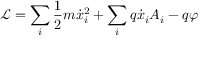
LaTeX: { \mathcal { L } } = \sum _ { i } { \frac { 1 } { 2 } } m { \dot { x } } _ { i } ^ { 2 } + \sum _ { i } q { \dot { x } } _ { i } A _ { i } - q \varphi